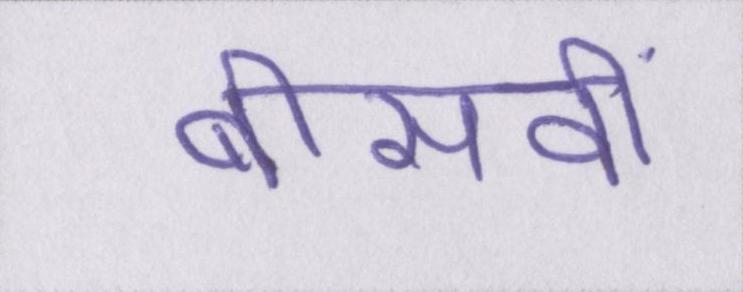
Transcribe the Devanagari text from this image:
बीसवीं